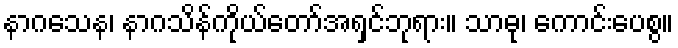
နာဂသေန၊ နာဂသိန်ကိုယ်တော်အရှင်ဘုရား။ သာဓု၊ ကောင်းပေစွ။